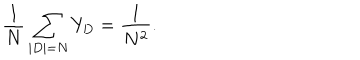
LaTeX: \frac { 1 } { N } \sum _ { | D | = N } Y _ { D } = \frac { 1 } { N ^ { 2 } } .